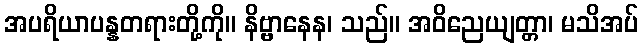
အပရိယာပန္နတရားတို့ကို။ နိဗ္ဗာနေန၊ သည်။ အဝိညေယျတ္တာ၊ မသိအပ်